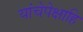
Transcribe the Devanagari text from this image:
यांचेपेक्षाहि